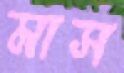
মাস